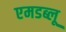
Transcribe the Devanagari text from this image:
एमडब्लू